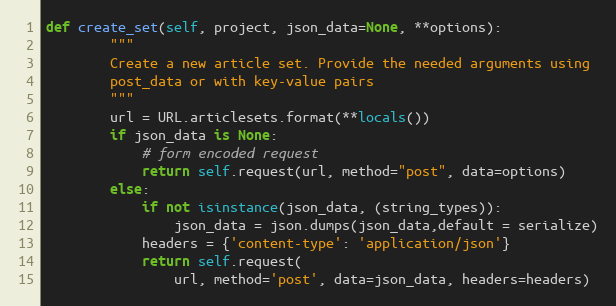
Language: Python
def create_set(self, project, json_data=None, **options):
        """
        Create a new article set. Provide the needed arguments using
        post_data or with key-value pairs
        """
        url = URL.articlesets.format(**locals())
        if json_data is None:
            # form encoded request
            return self.request(url, method="post", data=options)
        else:
            if not isinstance(json_data, (string_types)):
                json_data = json.dumps(json_data,default = serialize)
            headers = {'content-type': 'application/json'}
            return self.request(
                url, method='post', data=json_data, headers=headers)